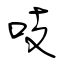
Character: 吱